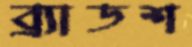
ব্র্যাডশ